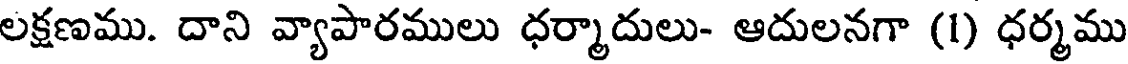
లక్షణము. దాని వ్యాపారములు ధర్మాదులు- ఆదులనగా (1) ధర్మము